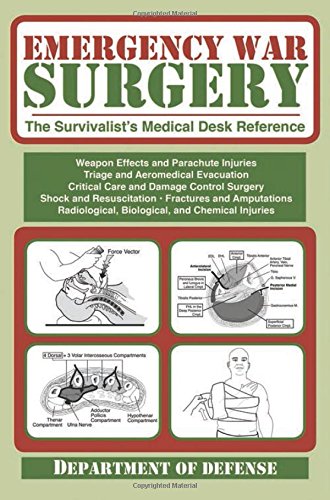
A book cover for Emergency War Surgery: The Survivalist's Medical Desk Reference; Army; Medical Books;